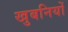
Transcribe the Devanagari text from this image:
खुबनियों